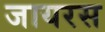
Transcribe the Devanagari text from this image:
जायरस